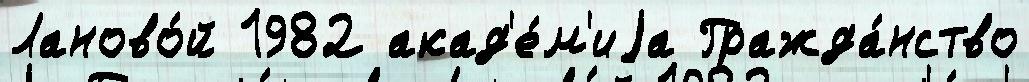
Ланово́й 1982 акад'е́м'иjа Гражда́нство